Tezpur Lunatic Asylum reports 1895-1904 - 1895-1904
Year: 1895
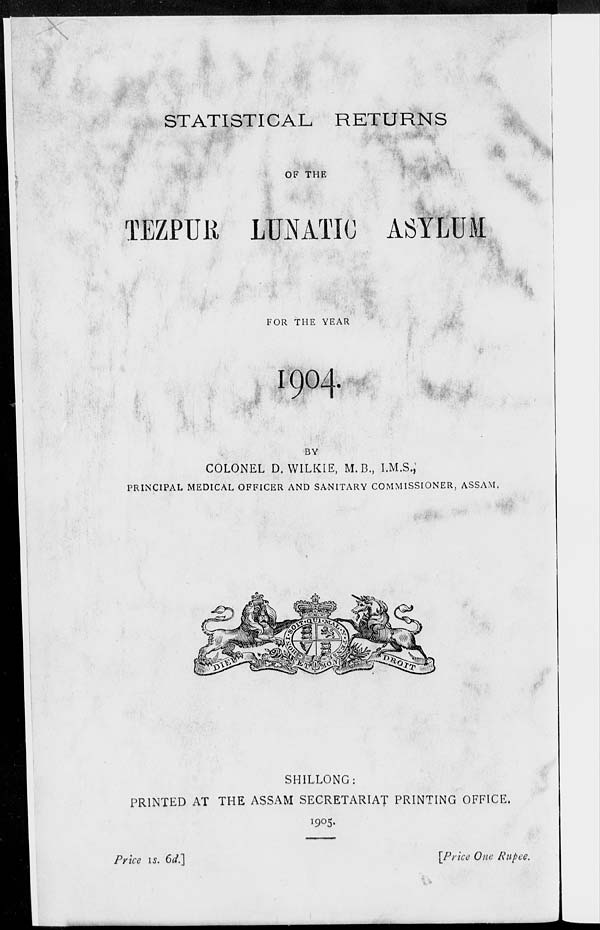
STATISTICAL RETURNS
OF THE
TEZPUR LUNATIC ASYLUM
FOR THE YEAR
I9O4.
BY
COLONEL D. WILKIE, M. B., I.M.S.;
PRINCIPAL MEDICAL OFFICER AND SANITARY COMMISSIONER, ASSAM,
SHILLONG:
PRINTED AT THE ASSAM SECRETARIAT PRINTING OFFICE.
1905.
Price is. 6d.]
[Price One Rupee.